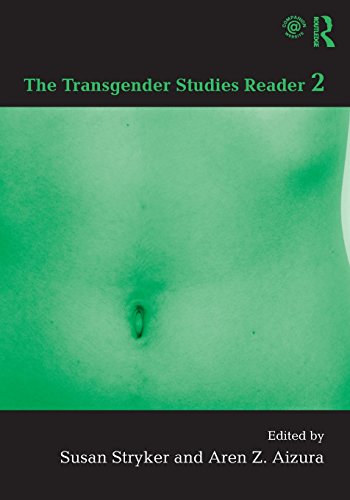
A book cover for The Transgender Studies Reader 2; Gay & Lesbian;